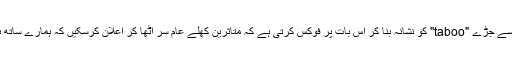
اس مسئلے سے جڑے "taboo" کو نشانہ بنا کر اس بات پر فوکس کرتی ہے کہ متاثرین کھلے عام سر اٹھا کر اعلان کرسکیں کہ ہمارے ساتھ بھی ایسا ہوا۔